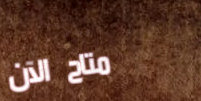
متاح الآن